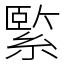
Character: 𦃂